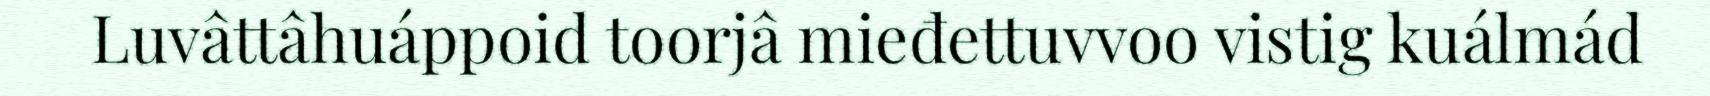
Luvâttâhuáppoid toorjâ mieđettuvvoo vistig kuálmád